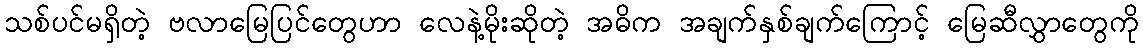
သစ်ပင်မရှိတဲ့ ဗလာမြေပြင်တွေဟာ လေနဲ့မိုးဆိုတဲ့ အဓိက အချက်နှစ်ချက်ကြောင့် မြေဆီလွှာတွေကို